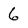
Character: 6